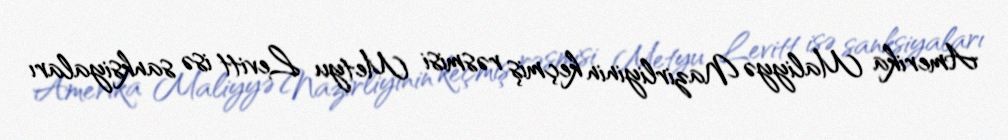
Amerika Maliyyə Nazirliyinin keçmiş rəsmisi Metyu Levitt isə sanksiyaları